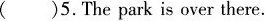
( )5.The park is over there.